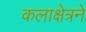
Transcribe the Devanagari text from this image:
कलाक्षेत्रने